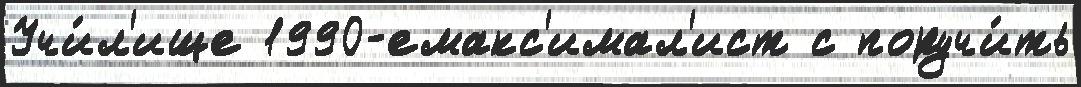
Учи́л'ище 1990-емакс'имал'ист с поручи́ть